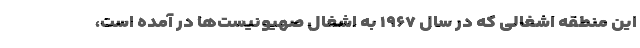
این منطقه اشغالی که در سال ۱۹۶۷ به اشغال صهیونیست‌ها در آمده است،